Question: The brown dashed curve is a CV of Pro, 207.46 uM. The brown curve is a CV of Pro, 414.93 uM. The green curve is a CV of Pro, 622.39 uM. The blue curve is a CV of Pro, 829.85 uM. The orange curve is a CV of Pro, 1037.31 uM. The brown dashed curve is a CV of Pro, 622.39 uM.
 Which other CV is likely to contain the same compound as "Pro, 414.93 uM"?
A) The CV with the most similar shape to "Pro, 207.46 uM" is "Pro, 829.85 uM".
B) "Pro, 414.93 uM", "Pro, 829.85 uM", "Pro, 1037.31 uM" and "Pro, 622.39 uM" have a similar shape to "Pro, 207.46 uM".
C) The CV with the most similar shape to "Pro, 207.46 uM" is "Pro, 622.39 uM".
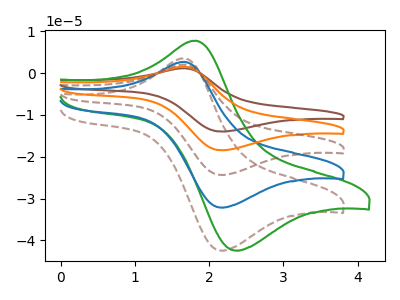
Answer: <think>The brown dashed curve "Pro, 207.46 uM" has an anodic peak at (1.65V, 3.55uA) and a cathodic peak at (2.15V, -42.45uA). The brown curve "Pro, 414.93 uM" has an anodic peak at (1.65V, 10.70uA) and a cathodic peak at (2.15V, -128.60uA). The green curve "Pro, 622.39 uM" has an anodic peak at (1.80V, 7.75uA) and a cathodic peak at (2.35V, -42.45uA). The blue curve "Pro, 829.85 uM" has an anodic peak at (1.65V, 2.70uA) and a cathodic peak at (2.15V, -32.15uA). The orange curve "Pro, 1037.31 uM" has an anodic peak at (1.65V, 8.05uA) and a cathodic peak at (2.15V, -96.45uA). The brown dashed curve "Pro, 622.39 uM" has an anodic peak at (1.65V, 5.35uA) and a cathodic peak at (2.15V, -64.30uA).
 All the peaks in "Pro, 207.46 uM" have a peak in "Pro, 414.93 uM" at the same potential. Every peak in "Pro, 207.46 uM" is lower than every peak in "Pro, 414.93 uM". "Pro, 207.46 uM" and "Pro, 622.39 uM" have at least one peak that do not match. All the peaks in "Pro, 207.46 uM" have a peak in "Pro, 829.85 uM" at the same potential. Every peak in "Pro, 207.46 uM" is higher than every peak in "Pro, 829.85 uM". All the peaks in "Pro, 207.46 uM" have a peak in "Pro, 1037.31 uM" at the same potential. Every peak in "Pro, 207.46 uM" is lower than every peak in "Pro, 1037.31 uM". All the peaks in "Pro, 207.46 uM" have a peak in "Pro, 622.39 uM" at the same potential. Every peak in "Pro, 207.46 uM" is lower than every peak in "Pro, 622.39 uM". "Pro, 414.93 uM" and "Pro, 622.39 uM" have at least one peak that do not match. All the peaks in "Pro, 414.93 uM" have a peak in "Pro, 829.85 uM" at the same potential. Every peak in "Pro, 414.93 uM" is higher than every peak in "Pro, 829.85 uM". All the peaks in "Pro, 414.93 uM" have a peak in "Pro, 1037.31 uM" at the same potential. Every peak in "Pro, 414.93 uM" is higher than every peak in "Pro, 1037.31 uM". All the peaks in "Pro, 414.93 uM" have a peak in "Pro, 622.39 uM" at the same potential. Every peak in "Pro, 414.93 uM" is higher than every peak in "Pro, 622.39 uM". "Pro, 622.39 uM" and "Pro, 829.85 uM" have at least one peak that do not match. "Pro, 622.39 uM" and "Pro, 1037.31 uM" have at least one peak that do not match. "Pro, 622.39 uM" and "Pro, 622.39 uM" have at least one peak that do not match. All the peaks in "Pro, 829.85 uM" have a peak in "Pro, 1037.31 uM" at the same potential. Every peak in "Pro, 829.85 uM" is lower than every peak in "Pro, 1037.31 uM". All the peaks in "Pro, 829.85 uM" have a peak in "Pro, 622.39 uM" at the same potential. Every peak in "Pro, 829.85 uM" is lower than every peak in "Pro, 622.39 uM". All the peaks in "Pro, 1037.31 uM" have a peak in "Pro, 622.39 uM" at the same potential. Every peak in "Pro, 1037.31 uM" is higher than every peak in "Pro, 622.39 uM".</think>
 <answer>B) "Pro, 414.93 uM", "Pro, 829.85 uM", "Pro, 1037.31 uM" and "Pro, 622.39 uM" have a similar shape to "Pro, 207.46 uM".</answer>
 <eval>B</eval>